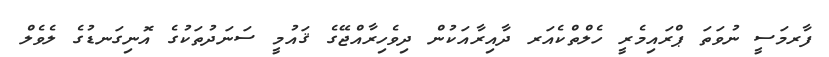
ފާރމަސީ ނުވަތަ ޕްރައިމެރީ ހެލްތްކެއަރ ދާއިރާއަކުން ދިވެހިރާއްޖޭގެ ޤައުމީ ސަނަދުތަކުގެ އޮނިގަނޑުގެ ލެވެލް